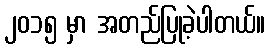
၂၀၁၅ မှာ အတည်ပြုခဲ့ပါတယ်။